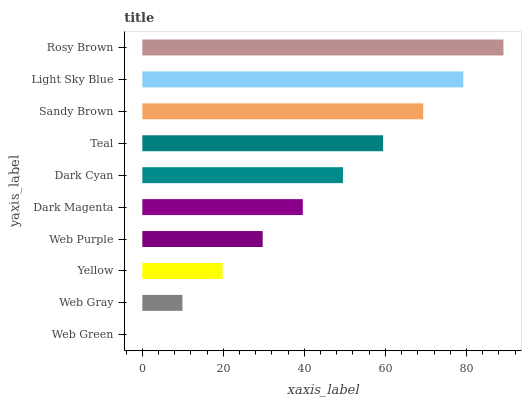
| yaxis_label | bars |
 | --- | --- |
 | Web Green | 0 |
 | Web Gray | 9.9 |
 | Yellow | 19.8 |
 | Web Purple | 29.7 |
 | Dark Magenta | 39.6 |
 | Dark Cyan | 49.5 |
 | Teal | 59.4 |
 | Sandy Brown | 69.3 |
 | Light Sky Blue | 79.2 |
 | Rosy Brown | 89.1 |